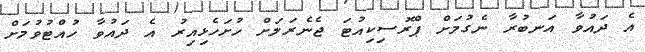
އެ ދައުވާ އަނބުރާ ނެގުމަށް ޕްރޮސިކިއުޓަ ޖެނެރަލަށް ހުށަހެޅިއިރު އެ ދައުވާ ހުއްޓުވުމަށް